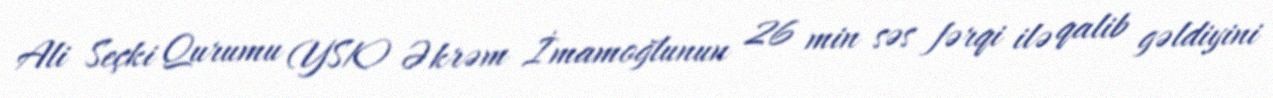
Ali Seçki Qurumu (YSK) Əkrəm İmamoğlunun 26 min səs fərqi ilə qalib gəldiyini